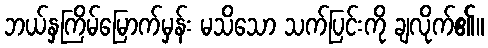
ဘယ်နှကြိမ်မြောက်မှန်း မသိသော သက်ပြင်းကို ချလိုက်၏။